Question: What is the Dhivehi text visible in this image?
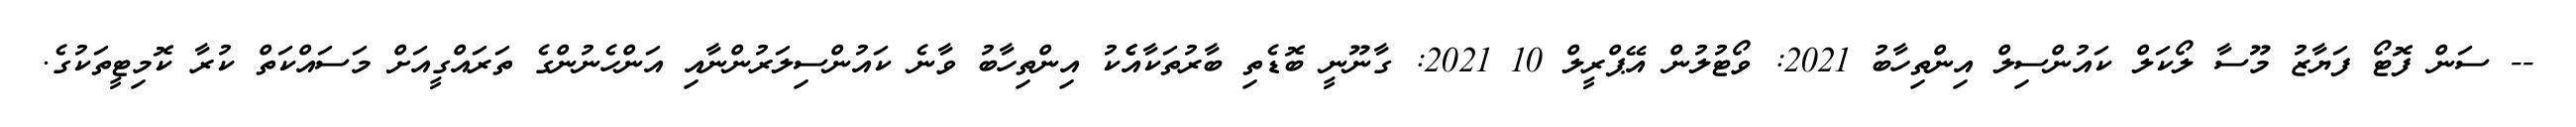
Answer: -- ސަން ފޮޓޯ ފަޔާޒު މޫސާ ލޯކަލް ކައުންސިލް އިންތިހާބު 2021: ވޯޓުލުން އޭޕްރީލް 10 2021: ގާނޫނީ ބޮޑެތި ބާރުތަކާއެެކު އިންތިހާބު ވާނެ ކައުންސިލަރުންނާއި އަންހެނުންގެ ތަރައްގީއަށް މަސައްކަތް ކުރާ ކޮމިޓީތަކުގެ.